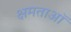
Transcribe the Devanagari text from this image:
क्षमताऑ